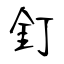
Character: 釘